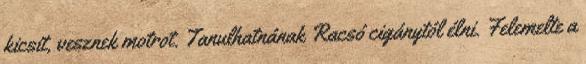
kicsit, vesznek motrot. Tanulhatnának Racsó cigánytól élni. Felemelte a